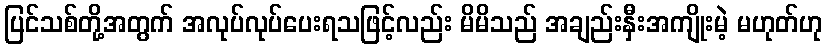
ပြင်သစ်တို့အတွက် အလုပ်လုပ်ပေးရသဖြင့်လည်း မိမိသည် အချည်းနှီးအကျိုးမဲ့ မဟုတ်ဟု